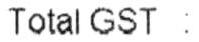
TOTAL GST: